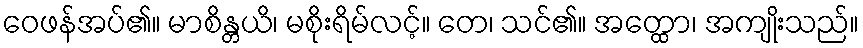
ဝေဖန်အပ်၏။ မာစိန္တယိ၊ မစိုးရိမ်လင့်။ တေ၊ သင်၏။ အတ္ထော၊ အကျိုးသည်။